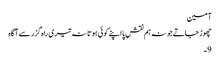
آمین
چھوڑ جاتے جو نہ ہم نقشِ پا اپنے کوئی ہوتا نہ تیری راہ گزر سے آگاہ
9۔